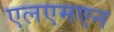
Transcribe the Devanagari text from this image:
एलएमएन